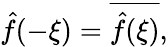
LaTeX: {\hat{f}}(-\xi)={\overline{{{\hat{f}}(\xi)}}},